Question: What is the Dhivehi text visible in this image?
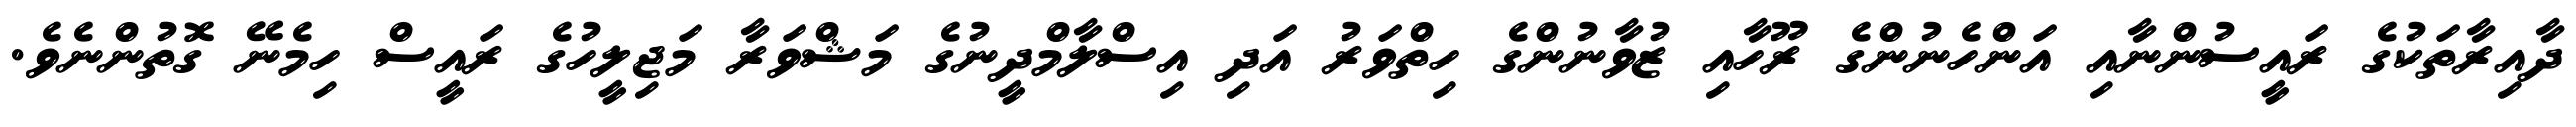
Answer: ދާއިރާތަކުގެ ރައީސުންނާއި އަންހެނުންގެ ރޫހާއި ޒުވާނުންގެ ހިތްވަރު އަދި އިސްލާމްދީނުގެ މަޝްވަރާ މަޖިލީހުގެ ރައީސް ހިމެނޭ ގޮތުންނެވެ.